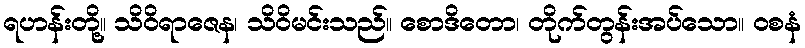
ရဟန်းတို့။ သိဝိရာဇေန၊ သိဝိမင်းသည်။ စောဒိတော၊ တိုက်တွန်းအပ်သော။ ဝစနံ